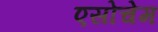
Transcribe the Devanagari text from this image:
एसोचेम